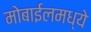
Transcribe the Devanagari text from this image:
मोबाईलमध्ये